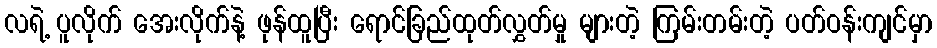
လရဲ့ ပူလိုက် အေးလိုက်နဲ့ ဖုန်ထူပြီး ရောင်ခြည်ထုတ်လွှတ်မှု များတဲ့ ကြမ်းတမ်းတဲ့ ပတ်ဝန်းကျင်မှာ